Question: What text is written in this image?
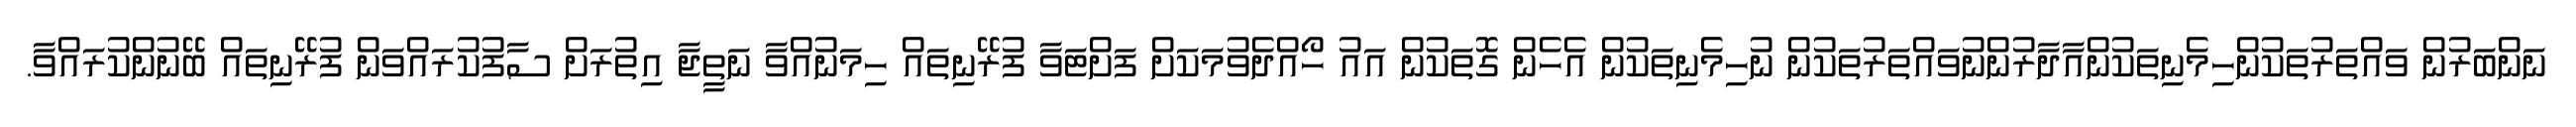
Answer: ނަންބަރުން ވައްތަރުތަކުންހިމެނިތަކުންއާދާރުންނުވައްތަރުތަކުން ނުހިމެނިތަކުން އެހެން ގޮތަކުން އައު ހޯއްދެވުމަކަށް ފަށްޓަވާ ފުރޭނިތައް ހިމަނުއްވާ ނަތީޖާ އިތުރަށް ސާފުކުރައްވަން ފުރޭނިތައް ބޭނުންކުރައްވާ.